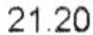
21.20